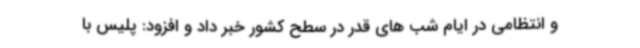
و انتظامی در ایام شب های قدر در سطح کشور خبر داد و افزود: پلیس با